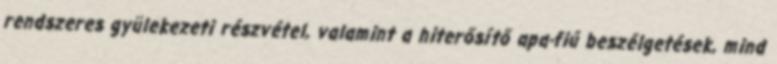
rendszeres gyülekezeti részvétel, valamint a hiterősítő apa-fiú beszélgetések, mind